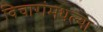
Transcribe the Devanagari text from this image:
विचारांमधल्या